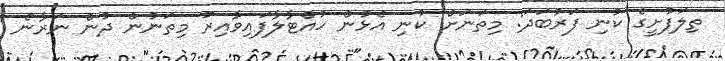
ތިލަފުށީގެ ކުނި ފަރުބަދަ: މިތަނަށް ކުނި އެޅުން ހުއްޓާލާފައިވާއިރު މިތަނުން ދުން ނަރާނެ